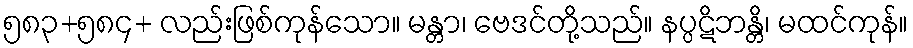
၅၈၃+၅၈၄+ လည်းဖြစ်ကုန်သော။ မန္တာ၊ ဗေဒင်တို့သည်။ နပ္ပဋိဘန္တိ၊ မထင်ကုန်။